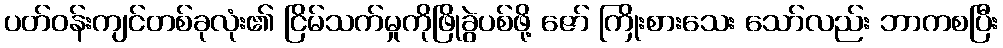
ပတ်ဝန်းကျင်တစ်ခုလုံး၏ ငြိမ်သက်မှုကိုဖြိုခွဲပစ်ဖို့ ဇော် ကြိုးစားသေး သော်လည်း ဘာကစပြီး